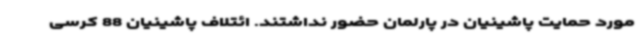
مورد حمایت پاشینیان در پارلمان حضور نداشتند. ائتلاف پاشینیان 88 کرسی